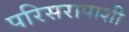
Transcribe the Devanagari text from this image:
परिसरापाशी